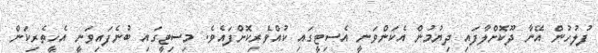
ފުލުހުން އޭނާ ދޫކޮށްލާފައި ދިޔުމުން އެކަންވަނީ އެސިޓީގައި ކުއްވެރިކޮށްފައެވެ. މިސިޓީގައި ބުނެފައިވަނީ އެހީތެރިކަން